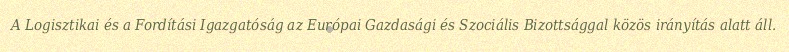
A Logisztikai és a Fordítási Igazgatóság az Európai Gazdasági és Szociális Bizottsággal közös irányítás alatt áll.